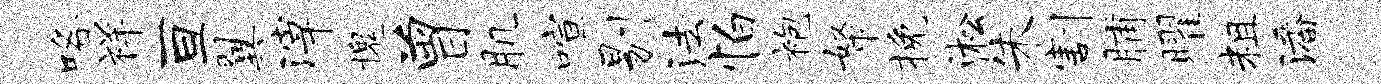
咯祥亘翼滓槐曾肌喧剔法怕袍帑挽淞朱割脯曜粗潘